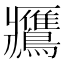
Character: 𪇿